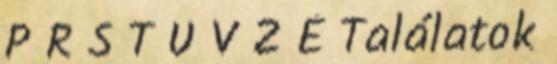
P R S T U V Z É Találatok